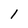
Character: l